Civil Veterinary Department Bihar reports 1936-40 - 1936-1940
Year: 1936
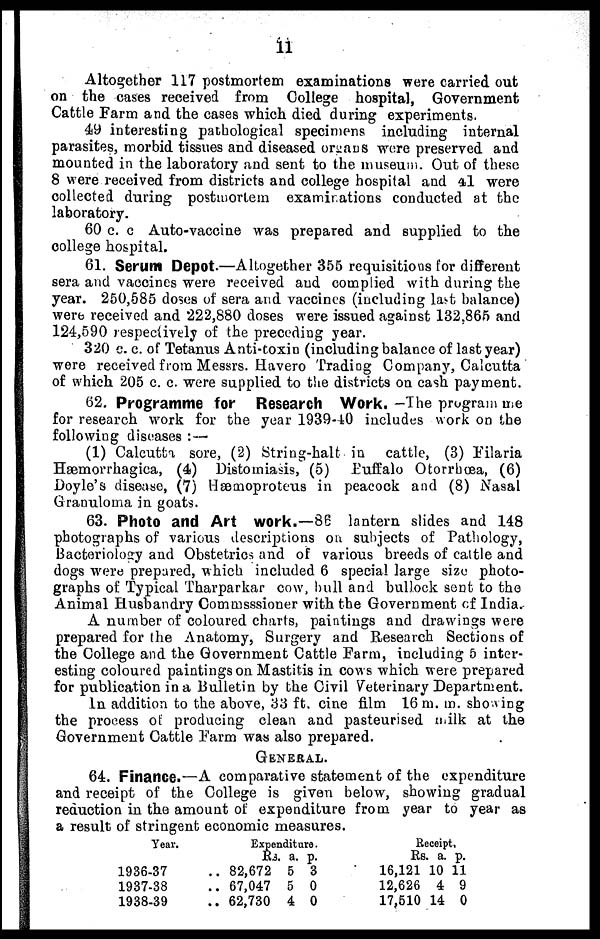
11
Altogether 117 postmortem examinations were carried out
on the cases received from College hospital, Government
Cattle Farm and the cases which died during experiments.
49 interesting pathological specimens including internal
parasites, morbid tissues and diseased organs were preserved and
mounted in the laboratory and sent to the museum. Out of these
8 were received from districts and college hospital and 41 were
collected during postmortem examinations conducted at the
laboratory.
60 c. c Auto-vaccine was prepared and supplied to the
college hospital.
61. Serum Depot.—Altogether 355 requisitions for different
sera and vaccines were received and complied with during the
year. 250,585 doses of sera and vaccines (including last balance)
were received and 222,880 doses were issued against 132,865 and
124,590 respectively of the preceding year.
320 c. c. of Tetanus Anti-toxin (including balance of last year)
were received from Messrs. Havero Trading Company, Calcutta
of which 205 c. c. were supplied to the districts on cash payment.
62. Programme for Research Work. —The program me
for research work for the year 1939-40 includes work on the
following diseases :—
(1) Calcutta sore, (2) String-halt in cattle, (3) Filaria
Hæmorrhagica, (4) Distomiasis, (5) Buffalo Otorrbœa, (6)
Doyle's disease, (7) Hæmoproteus in peacock and (8) Nasal
Granuloma in goats.
63. Photo and Art work.—86 lantern slides and 148
photographs of various descriptions on subjects of Pathology,
Bacteriology and Obstetrics and of various breeds of cattle and
dogs were prepared, which included 6 special large size photo-
graphs of Typical Tharparkar cow, hull and bullock sent to the
Animal Husbandry Commsssioner with the Government of India.
A number of coloured charts, paintings and drawings were
prepared for the Anatomy, Surgery and Research Sections of
the College and the Government Cattle Farm, including 5 inter-
esting coloured paintings on Mastitis in cows which were prepared
for publication in a Bulletin by the Civil Veterinary Department.
In addition to the above, 33 ft. cine film 16m. m. showing
the process of producing clean and pasteurised milk at the
Government Cattle Farm was also prepared.
GENERAL.
64. Finance.—A comparative statement of the expenditure
and receipt of the College is given below, showing gradual
reduction in the amount of expenditure from year to year as
a result of stringent economic measures.
Year.
1936-37
1937-38
1938-39
Expenditure.
Rs. a. p.
.. 82,672 5 3
.. 67,047 5 0
.. 62,730 4 0
Receipt,
Rs. a. p.
16,121 10 11
12,626 4 9
17,510 14 0